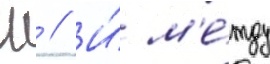
Ш // И́ м'е́жду